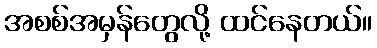
အစစ်အမှန်တွေလို့ ထင်နေတယ်။